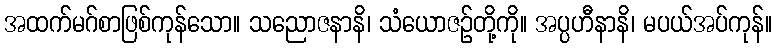
အထက်မဂ်စာဖြစ်ကုန်သော။ သညောဇနာနိ၊ သံယောဇဉ်တို့ကို။ အပ္ပဟီနာနိ၊ မပယ်အပ်ကုန်။